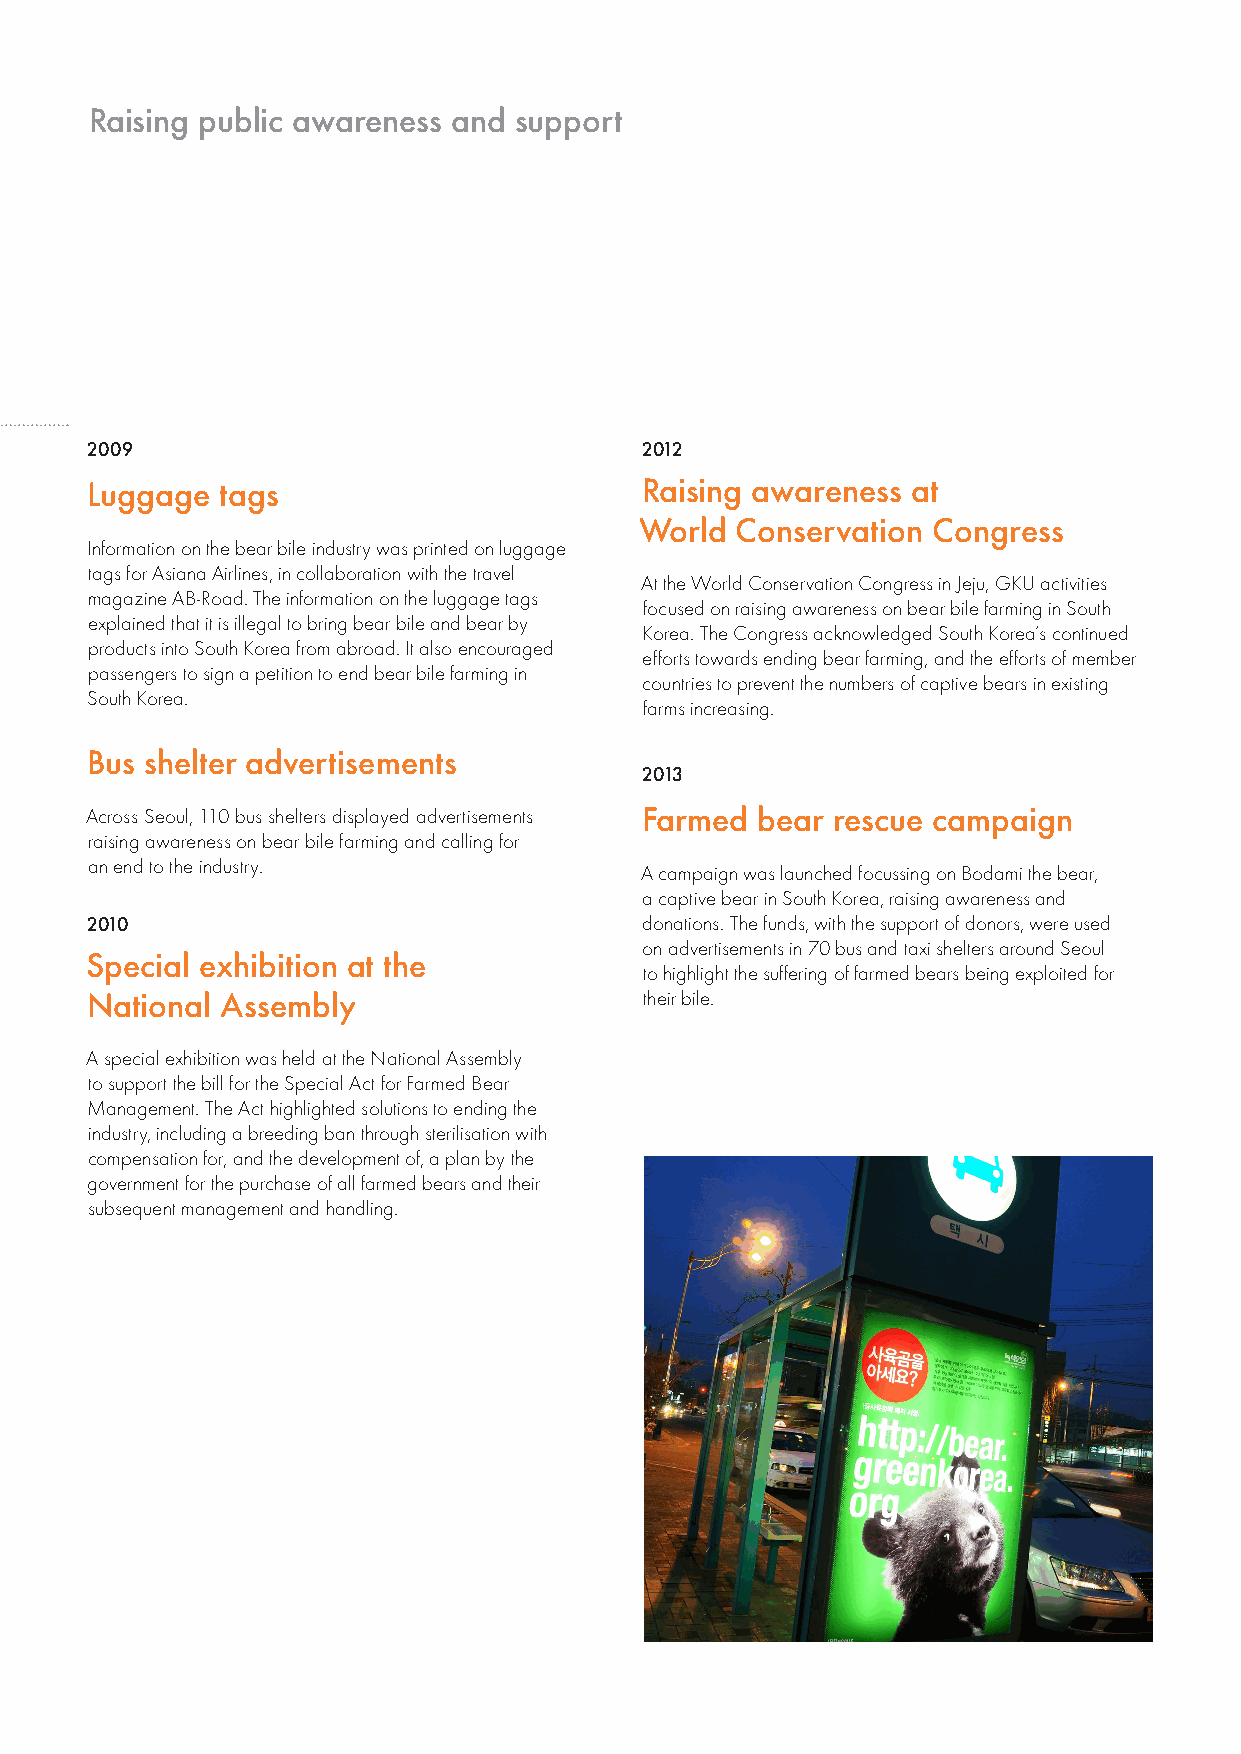
Raising public awareness and support
 2009                                2012
 Luggage  tags                       Raising awareness at
 World  Conservation Congress
 Information on the bear bile industry was printed on luggage
 tags for Asiana Airlines, in collaboration with the travel
 At the World Conservation Congress in Jeju, GKU activities
 magazine AB-Road. The information on the luggage tags
 focused on raising awareness on bear bile farming in South
 explained that it is illegal to bring bear bile and bear by
 Korea. The Congress acknowledged South Korea’s continued
 products into South Korea from abroad. It also encouraged
 efforts towards ending bear farming, and the efforts of member
 passengers to sign a petition to end bear bile farming in
 countries to prevent the numbers of captive bears in existing
 South Korea.
 farms increasing.
 Bus shelter advertisements
 2013
 Across Seoul, 110 bus shelters displayed advertisements Farmed bear rescue campaign
 raising awareness on bear bile farming and calling for
 an end to the industry.
 A campaign was launched focussing on Bodami the bear,
 a captive bear in South Korea, raising awareness and
 2010                                 donations. The funds, with the support of donors, were used
 on advertisements in 70 bus and taxi shelters around Seoul
 Special exhibition at the
 to highlight the suffering of farmed bears being exploited for
 National Assembly                    their bile.
 A special exhibition was held at the National Assembly
 to support the bill for the Special Act for Farmed Bear
 Management. The Act highlighted solutions to ending the
 industry, including a breeding ban through sterilisation with
 compensation for, and the development of, a plan by the
 government for the purchase of all farmed bears and their
 subsequent management and handling.